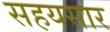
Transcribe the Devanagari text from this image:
सहयसार